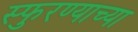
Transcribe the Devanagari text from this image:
स्फुरण्याच्या